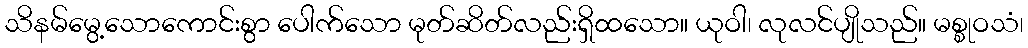
သိနမ်မွေ့သောကောင်းစွာ ပေါက်သော မုတ်ဆိတ်လည်းရှိထသော။ ယုဝါ၊ လုလင်ပျိုသည်။ မစ္စုဝသံ၊